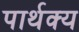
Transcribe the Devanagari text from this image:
पार्थक्‍य